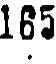
165